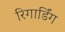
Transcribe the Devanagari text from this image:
रिगार्डिंग